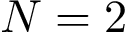
N = 2